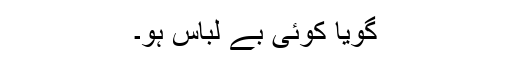
گویا کوئی بے لباس ہو۔